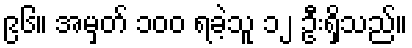
၉၆။ အမှတ် ၁၀၀ ရခဲ့သူ ၁၂ ဦးရှိသည်။